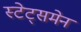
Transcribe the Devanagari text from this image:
स्टेट्समेन